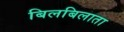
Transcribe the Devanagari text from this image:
बिलबिलाता